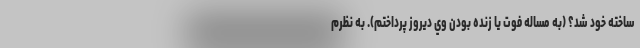
ساخته خود شد؟ (به مساله فوت يا زنده بودن وي ديروز پرداختم). به نظرم